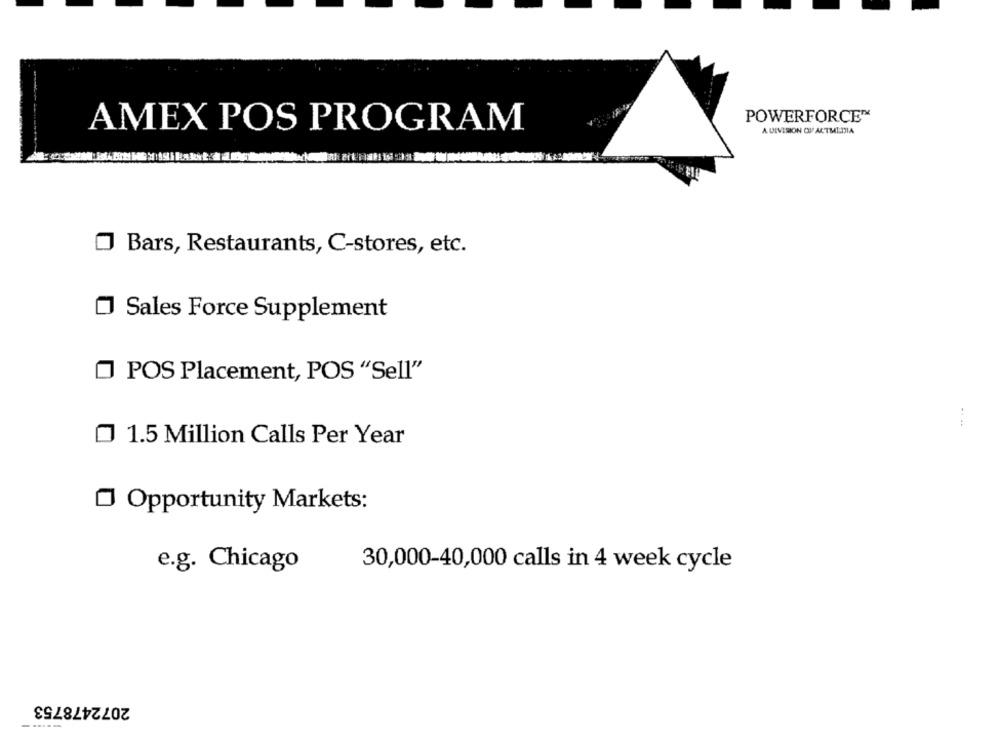
POWERFORCE"
AMEX POS PROGRAM
A DIVISION OF ACTMEDIA
Bars, Restaurants, C-stores, etc.
Sales Force Supplement
POS Placement, POS "Sell"
1.5 Million Calls Per Year
Opportunity Markets:
e.g. Chicago
30,000-40,000 calls in 4 week cycle
2072478753